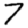
Digit: 7